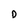
Character: 0